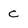
Character: C